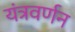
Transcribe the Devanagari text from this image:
यंत्रवर्णन